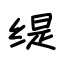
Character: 缇